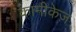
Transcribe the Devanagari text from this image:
कामीकेज़